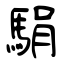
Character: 駽